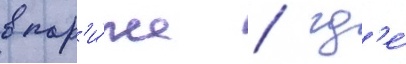
в пар'и́же / гд'е́